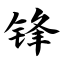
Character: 锋